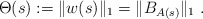
\begin{align*}\Theta(s):=\|w(s)\|_{1} = \|B_{A(s)}\|_1\ . \end{align*}